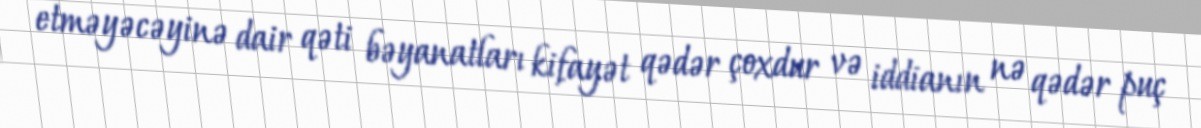
etməyəcəyinə dair qəti bəyanatları kifayət qədər çoxdur və iddianın nə qədər puç